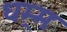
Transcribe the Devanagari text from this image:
धम्र्मः